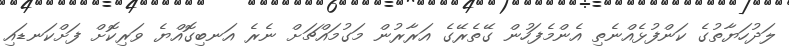
ލަދުހަޔާތުގެ ކަންފުޅެއްނެތި އެންމެފަހުން ގޭތެރޭގެ އަރާރުން މަގުމައްޗަށް ނެރެ އަނބިގޮއްޔެ ވަރިކޮށް ފަށްކަނޑައި